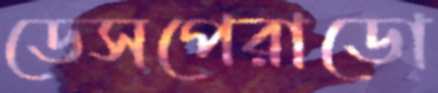
ডেসপেরাডো